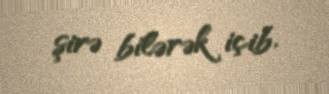
şirə bilərək içib.